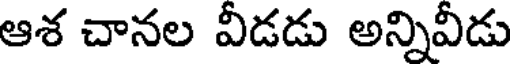
ఆశ చానల వీడడు అన్నివీడు